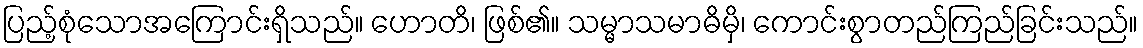
ပြည့်စုံသောအကြောင်းရှိသည်။ ဟောတိ၊ ဖြစ်၏။ သမ္မာသမာဓိမှိ၊ ကောင်းစွာတည်ကြည်ခြင်းသည်။